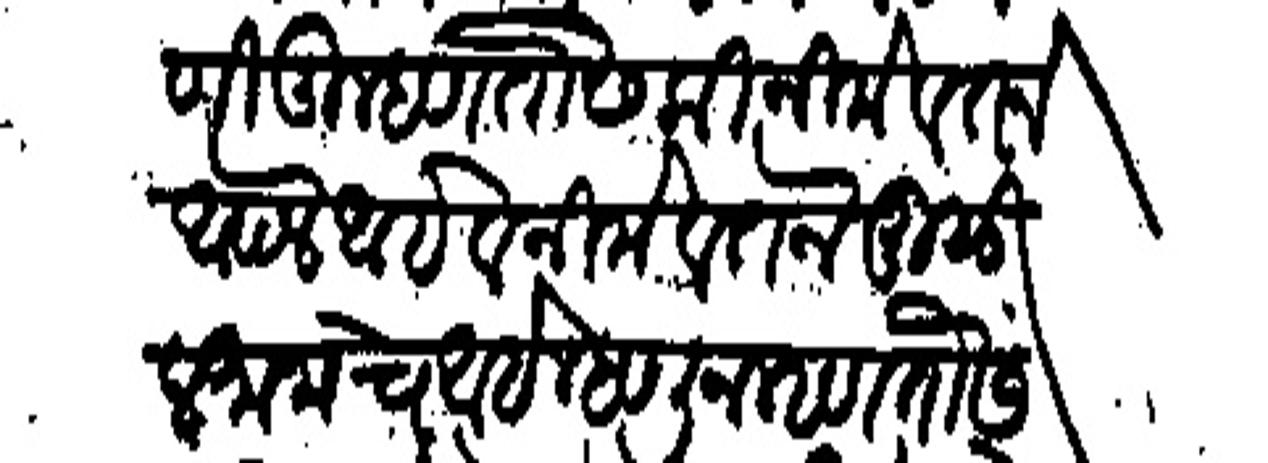
Transliteration (Devanagari): आणी तू म्हणतोस की नीमे वतन आपले आहे व नीमे वतन मुसुलमानाचे आहे म्हणून म्हणतोस